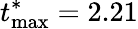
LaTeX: t_{\textrm{max}}^{*}=2.21